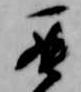
罷